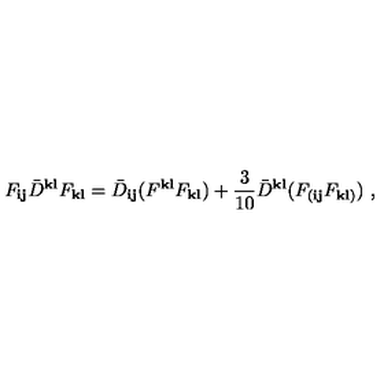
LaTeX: F _ { { \mathbf i } { \mathbf j } } { \bar { D } } ^ { { \mathbf k } { \mathbf l } } F _ { { \mathbf k } { \mathbf l } } = { \bar { D } } _ { { \mathbf i } { \mathbf j } } ( F ^ { { \mathbf k } { \mathbf l } } F _ { { \mathbf k } { \mathbf l } } ) + \frac { 3 } { 1 0 } { \bar { D } } ^ { { \mathbf k } { \mathbf l } } ( F _ { ( { \mathbf i } { \mathbf j } } F _ { { \mathbf k } { \mathbf l } ) } ) \ ,